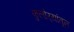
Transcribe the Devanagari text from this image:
फुलोर्‍यांतून